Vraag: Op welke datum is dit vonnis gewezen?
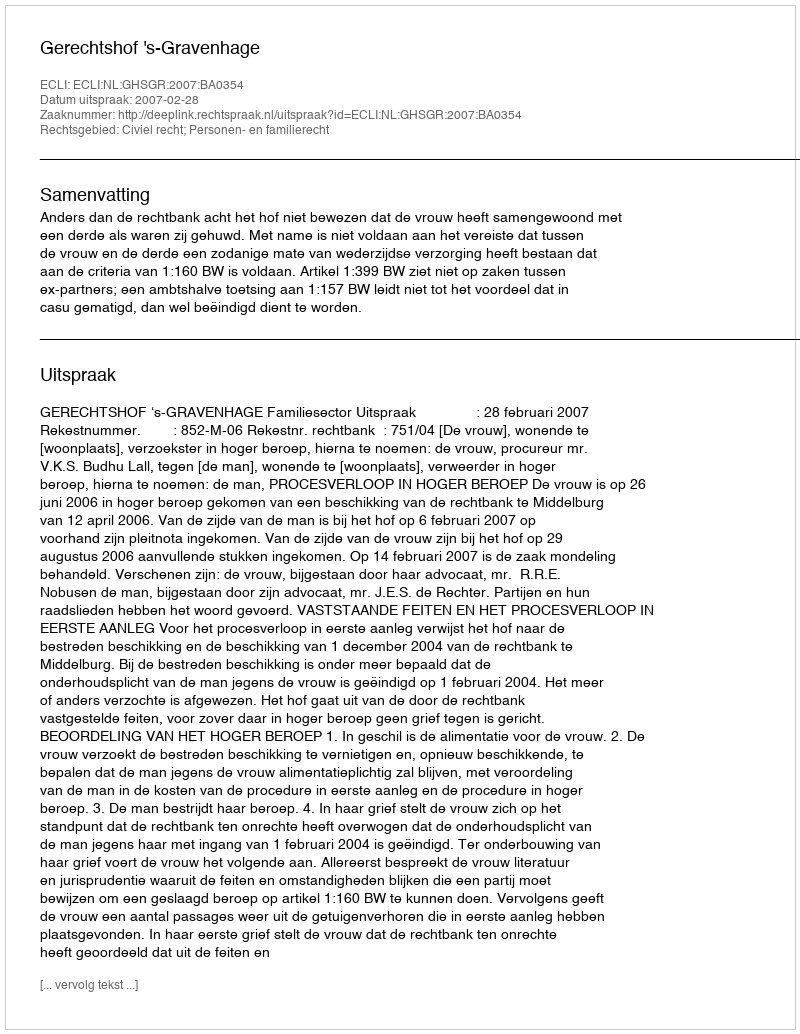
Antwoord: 2007-02-28